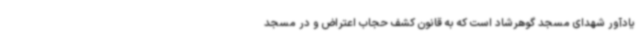
یادآور شهدای مسجد گوهرشاد است که به قانون کشف حجاب اعتراض و در مسجد